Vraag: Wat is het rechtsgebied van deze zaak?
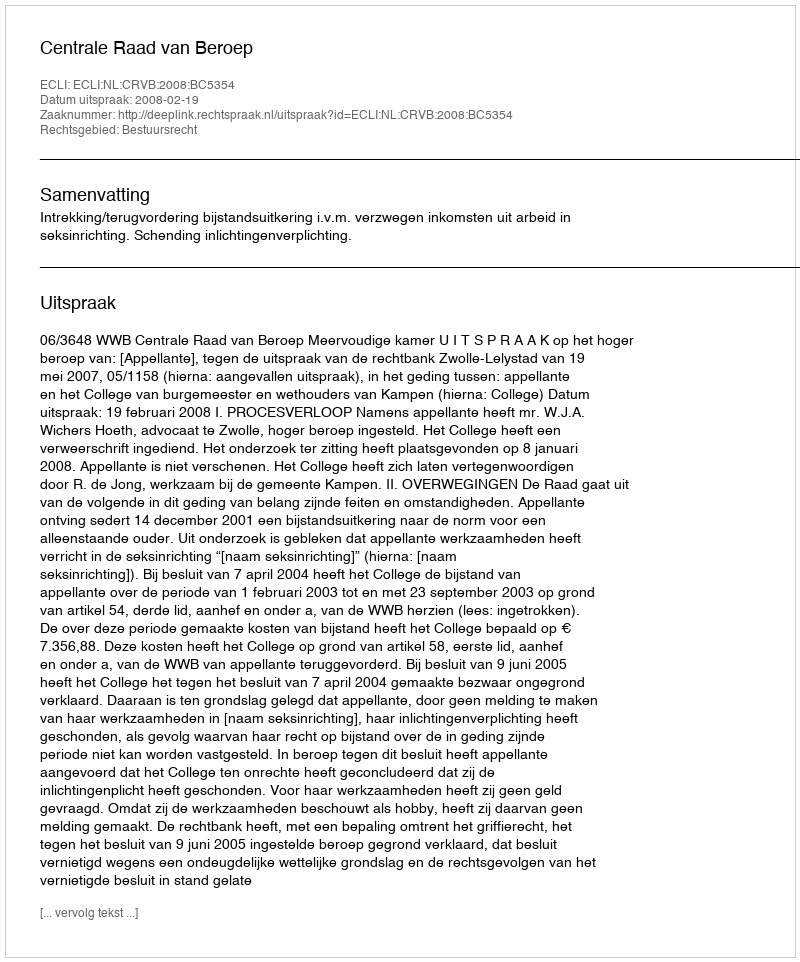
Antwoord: Bestuursrecht